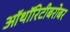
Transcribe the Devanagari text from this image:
ऑथॉरिटीबरोबर